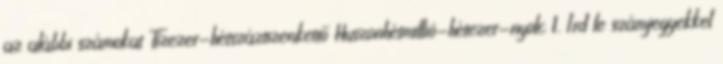
az alábbi számokat Tízezer-hétszáztizenkettő Huszonhétmillió-hétezer-nyolc 1. Írd le számjegyekkel